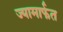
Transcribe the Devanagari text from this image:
ज्यामार्फत